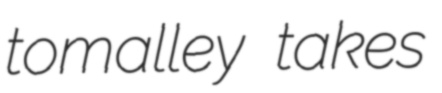
tomalley takes